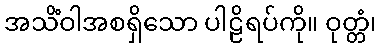
အသိံဝါအစရှိသော ပါဠိရပ်ကို။ ဝုတ္တံ၊